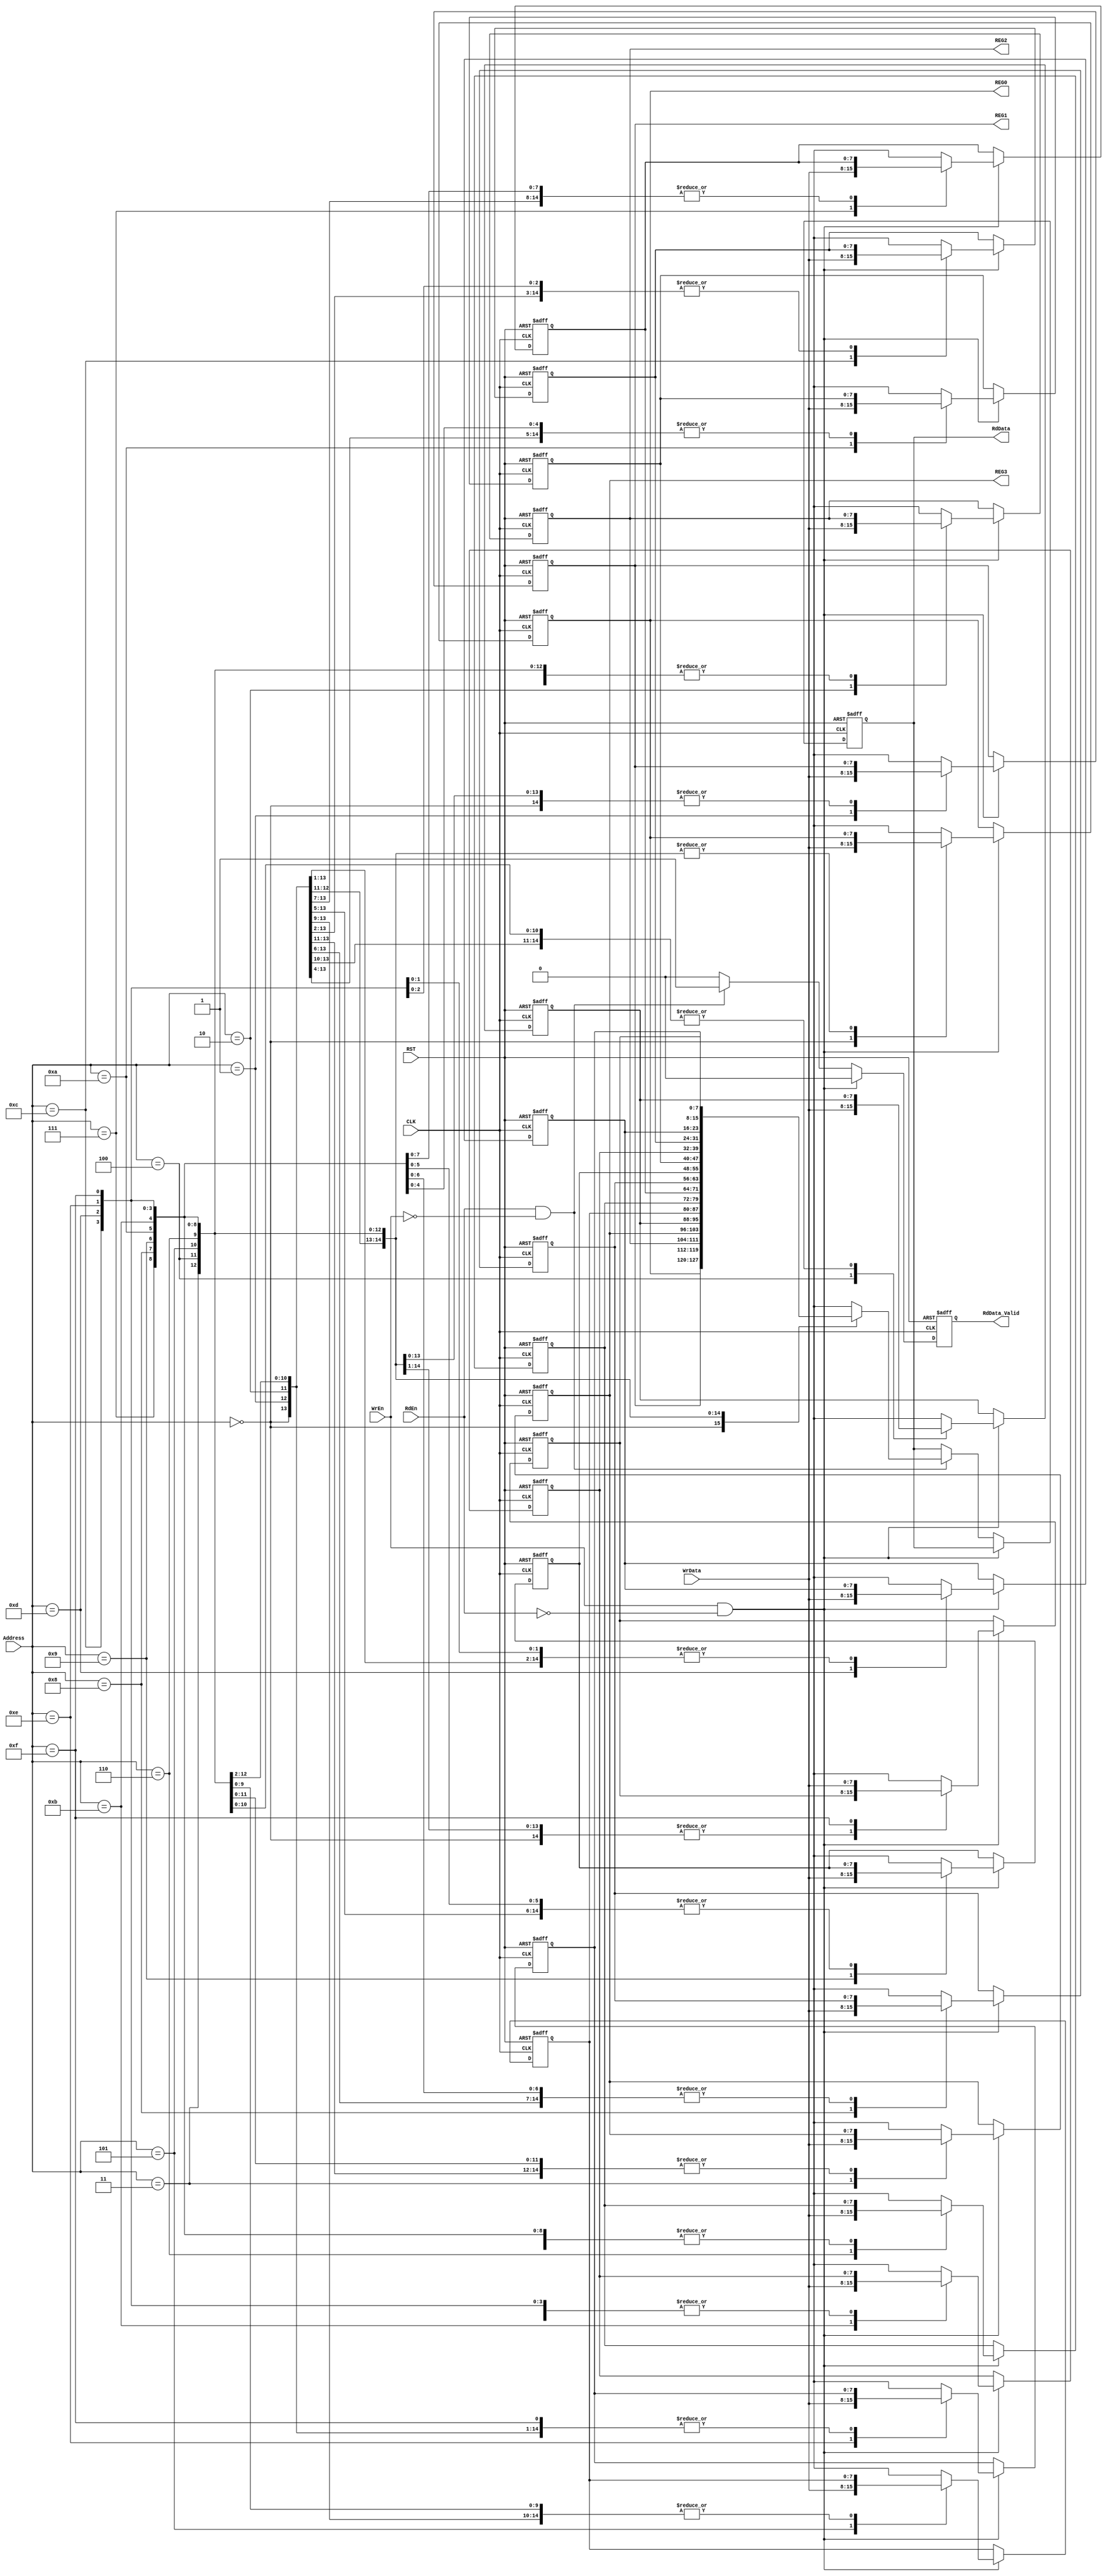
module Reg_File #(parameter ADDRESS_WIDTH = 4,
                  parameter DATA_WIDTH = 8)
                 (input wire WrEn,
                  input wire RdEn,
                  input wire [ADDRESS_WIDTH-1 : 0] Address,
                  input wire [DATA_WIDTH-1 : 0] WrData,
                  input wire CLK,
                  input wire RST,
                  output reg [DATA_WIDTH-1 : 0] RdData,
                  output reg RdData_Valid,
                  output wire [DATA_WIDTH-1 : 0] REG0,
                  output wire [DATA_WIDTH-1 : 0] REG1,
                  output wire [DATA_WIDTH-1 : 0] REG2,
                  output wire [DATA_WIDTH-1 : 0] REG3);
    
    reg [DATA_WIDTH-1 : 0] registers      [(2**ADDRESS_WIDTH - 1) : 0];
    reg [DATA_WIDTH-1 : 0] registers_comb [(2**ADDRESS_WIDTH - 1) : 0];
    reg RdData_Valid_comb;
    reg [DATA_WIDTH-1 : 0] RdData_comb;
    integer index;
    
    always @(posedge CLK or negedge RST)
    begin
        if (!RST)
        begin
            for (index = 0; index < (2**ADDRESS_WIDTH); index = index + 1)
            begin
                // UART default configuration
                if (index == 2)
                begin
                    registers[index] <= 8'b001000_00; // Parity Enable = 0, Prescale = 8
                end
                else
                begin
                    // Clock divider default configuration
                    if (index == 3)
                    begin
                        registers[index] <= 8'b0000_1000; // Division ratio = 8
                    end
                    else
                    begin
                        registers[index] <= 'd0;
                    end
                end
            end
            RdData       <= 'd0;
            RdData_Valid <= 1'b0;
        end
        else
        begin
            for (index = 0; index < (2**ADDRESS_WIDTH); index = index + 1)
            begin
                registers [index] <= registers_comb[index];
            end
            RdData       <= RdData_comb;
            RdData_Valid <= RdData_Valid_comb;
        end
    end
    
    always@(*)
    begin
        // Initial values to avoid unintentional latches
        for (index = 0; index < (2**ADDRESS_WIDTH); index = index + 1)
            begin
                registers_comb [index] = registers[index];
            end
        if (WrEn && !RdEn)
        begin
            registers_comb [Address] = WrData;
            RdData_comb              = RdData;
            RdData_Valid_comb        = 1'b0;
        end
        else
        begin
            if (RdEn && !WrEn)
            begin
                for (index = 0; index < (2**ADDRESS_WIDTH); index = index + 1)
                begin
                    registers_comb [index] = registers[index];
                end
                RdData_comb       = registers[Address];
                RdData_Valid_comb = 1'b1;
            end
            else
            begin
                for (index = 0; index < (2**ADDRESS_WIDTH); index = index + 1)
                begin
                    registers_comb [index] = registers[index];
                end
                RdData_comb       = RdData;
                RdData_Valid_comb = 1'b0;
            end
        end
    end
    
    assign REG0 = registers[0];
    assign REG1 = registers[1];
    assign REG2 = registers[2];
    assign REG3 = registers[3];
    
endmodule